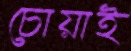
চোয়াই